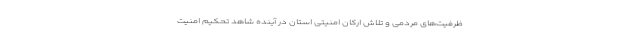
ظرفیت‌های مردمی و تلاش ارکان امنیتی استان در آینده شاهد تحکیم امنیت